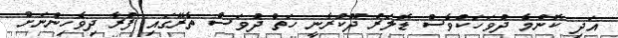
އަދި ކޮންމެ ދުވަހަކުވެސް ޑޮލަރު ދޫކުރާނީ ހަތް ދުވަސް ތެރޭގައި ފުރާ ދިވެހިންނަށް